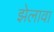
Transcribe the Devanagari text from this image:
झेलावा